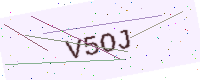
Text: V5OJ